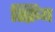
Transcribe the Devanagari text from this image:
स्क्रिय